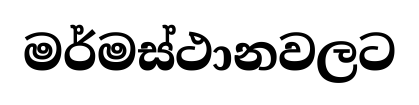
මර්මස්ථානවලට